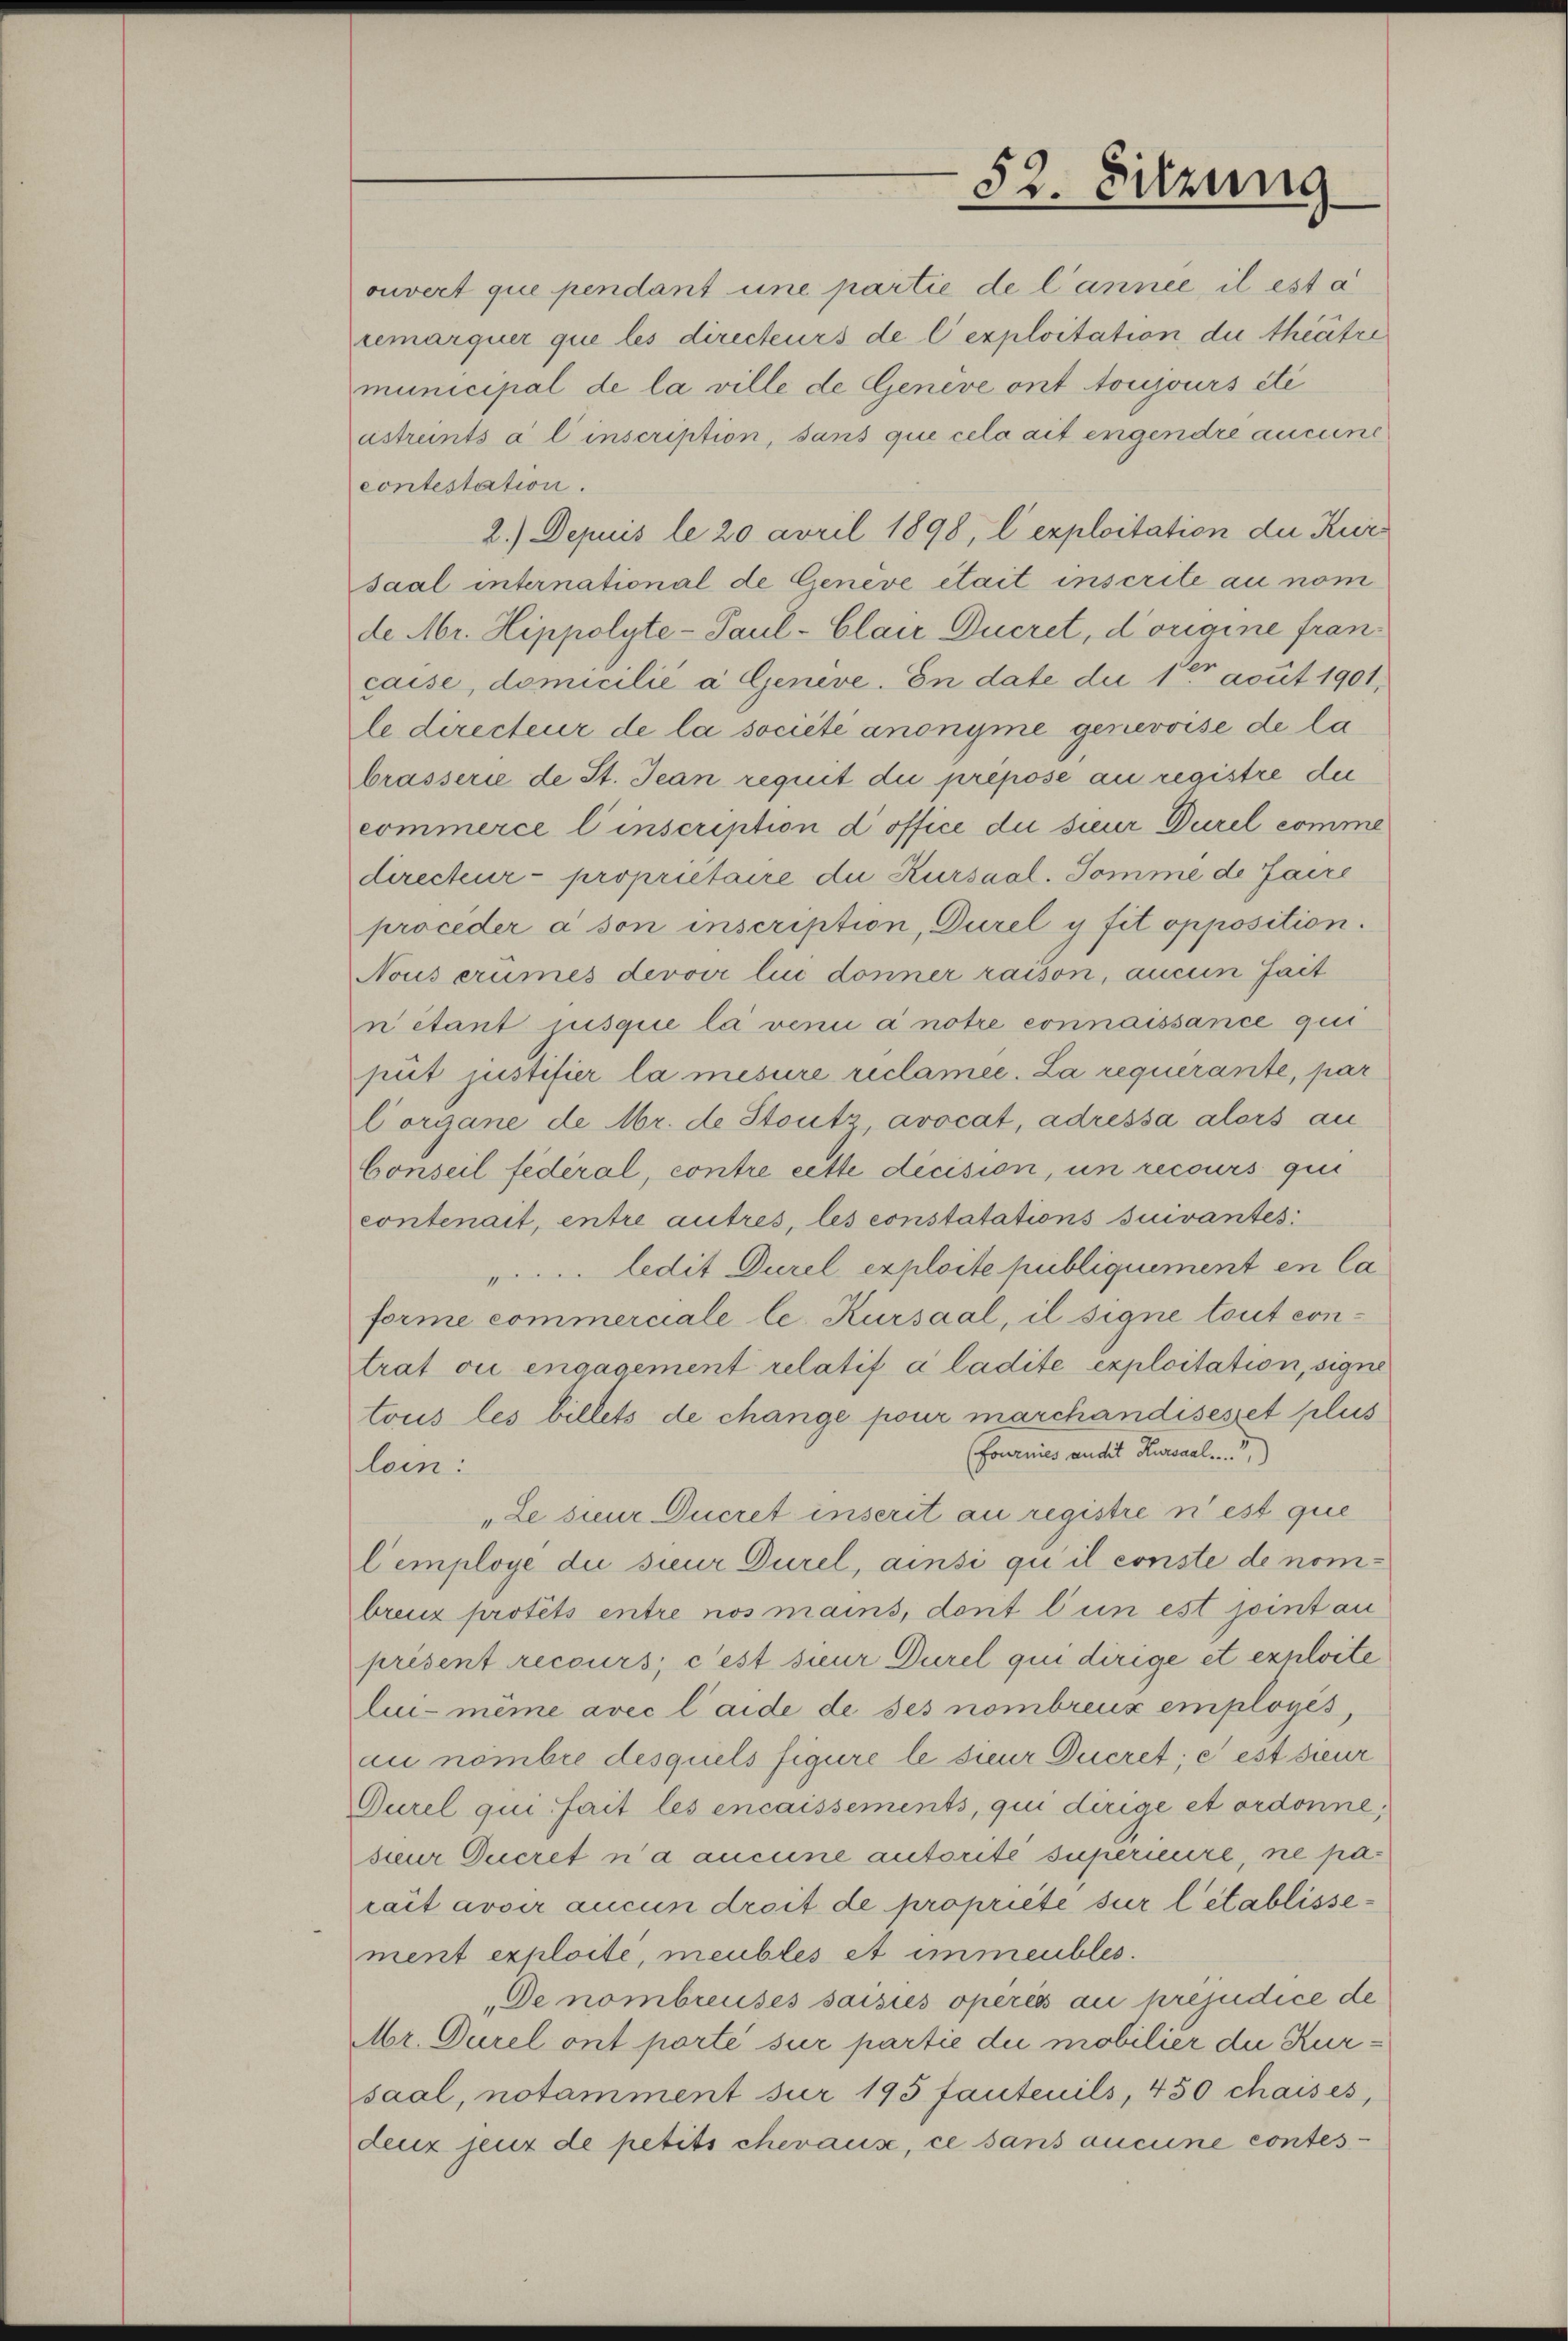
52. Sitzung

remarquer que les directeurs de l’exploitation die theatre
municipal de la ville de Genève ont toujours été
ustreints à l inscription, sans que cela ait engendre aucune
contestation.
2.) Depuis le 20 avril 1898, l exploitation die Kursaal international de Geneve était inscrite au nom
de Mr. Hippolyte- Paul-Clair Ducret, d’origine francaise, domicilié à Geneve. In date die 10 acuit 1901,
le directeur de la société anonyme genevoise de la
brasserie de St. Jean requit die prepose an registre der
commerce l’inscription d office die sieur Durel comme
directur- proprietaire die Kursaal. Somme de faire
proceder à son inscription, Durel y fit opposition.
Nous erumes devoir lui donner raison, aucun fait
nétant jusquie la veni a notre connaissance qui
put justifier la mesure reclamee. La requerante, par
Corgane de Mr. de Stutz, avocat, adressa alors au
Conseil federal, contre cette decision, un recours qui
contenait, entre autres, les constatations suivantes
" ledit Durel exploite publiquement en la
forme commerciale le. Kursaal, il signe tout contrat ou engagement relatif à la dite exploitation, signe
tous les billets de change pour marchandisesset plus
(fournies audit Kursaal . . . . .
lein:
„Le sieur Ducret inserit au registre n’est que
lemploye die sieur Durel, ainsi qui il conste de nombreuz protets entre nos mains, dont l’un est joint au
présent recours; c’est sieur Durel qui dirige et exploite
lui-même avec laide de ses nombreuz employés,
au nombre desquels figure le sieur Ducret; e est sieur
Durel qui fait les encaissements, qui dirige et ordonne,
sieur Ducret n’a aucune autorité superieure, ne parait avoir aucun droit de propriete sur l’établissement exploité, meubles et immeubles.
„De nombreuses saisies operis au préjudice de
Mr. Durel ont porté sur partie die mobilier die Kursaal, notamment für 195 fantenils, 450 chaisés,
denz jeuz de petits cheraus, ce sans aucune contes¬

ouvert que pendant une partie de l’année, il est a